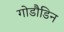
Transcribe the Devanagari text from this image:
गोडौडिन